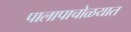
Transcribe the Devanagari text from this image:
पालापाचोळयात